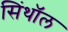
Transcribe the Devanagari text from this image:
सिंथॉल